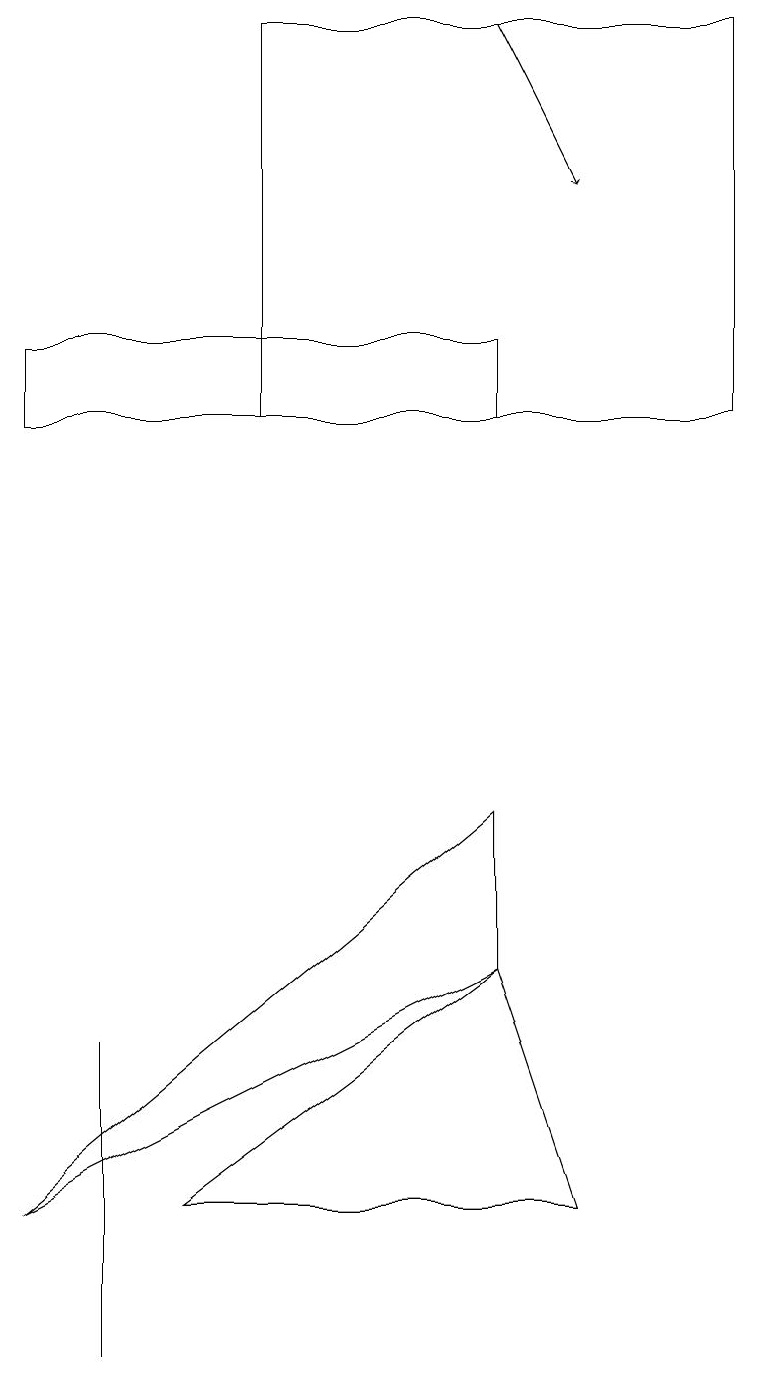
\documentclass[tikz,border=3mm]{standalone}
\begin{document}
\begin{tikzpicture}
\draw[->] (6,18) -- (7,16);
\draw (3,13) rectangle (9,18);
\draw (6,14) rectangle (0,13);
\draw (2,3) -- (7,3) -- (6,6) -- cycle;
\draw (1,1) -- (1,3) -- (1,5) -- cycle;
\draw (0,3) -- (6,6) -- (6,8) -- cycle;
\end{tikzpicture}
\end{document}